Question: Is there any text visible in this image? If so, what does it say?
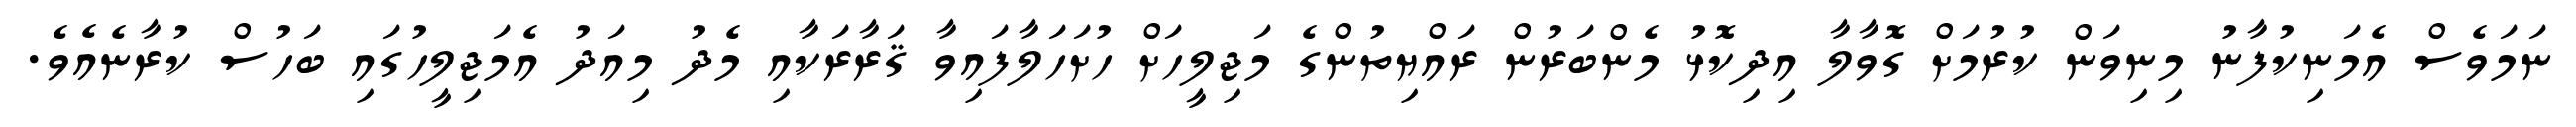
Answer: ނަމަވެސް އެމަނިކުފާނު މިނިވަން ކުރުމަށް ގޮވާލާ އިދިކޮޅު މެންބަރުން ރައްޔިތުންގެ މަޖިލީހަށް ހުށަހަލާފައިވާ ޤަރާރަކާއި މެދު މިއަދު އެމަޖިލީހުގައި ބަހުސް ކުރާނެއެވެ.